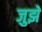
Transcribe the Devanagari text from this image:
जुझे